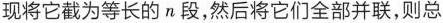
现将它截为等长的n段，然后将它们全部并联，则总